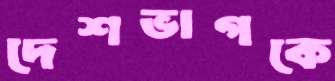
দেশভাগকে